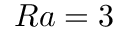
R a = 3